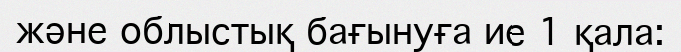
және облыстық бағынуға ие 1 қала: